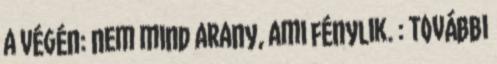
a végén: nem mind arany, ami fénylik. : További